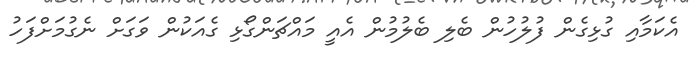
އެކަމާއި ގުޅިގެން ފުލުހުން ބެލި ބެލުމުން އެއީ މައްޗަންގޯޅި ގެއަކުން ވަގަށް ނެގުމަށްފަހު